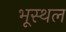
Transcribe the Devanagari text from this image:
भूस्थल